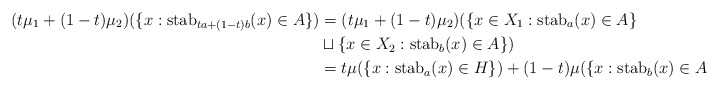
\begin{align*} (t\mu_1+(1-t)\mu_2)( \{ x: \mathrm{stab}_{ta+(1-t)b}(x) \in A\}) &= (t\mu_1 + (1-t)\mu_2)( \{x \in X_1: \mathrm{stab}_a(x) \in A \} \\& \sqcup \{x \in X_2: \mathrm{stab}_b(x) \in A\}) \\ & = t \mu(\{x: \mathrm{stab}_a(x) \in H \}) + (1-t) \mu(\{x: \mathrm{stab}_b(x) \in A\}). \end{align*}